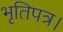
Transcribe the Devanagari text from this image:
भृतिपत्र।